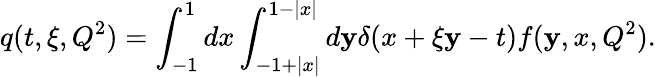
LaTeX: q(t,\xi,Q^{2})=\int_{-1}^{1}dx\int_{-1+|x|}^{1-|x|}d\mathbf{y}\delta(x+\xi\mathbf{y}-t)f(\mathbf{y},x,Q^{2}).